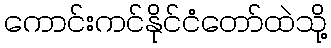
ကောင်းကင်နိုင်ငံတော်ထဲသို့